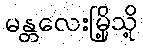
မန္တလေးမြို့သို့